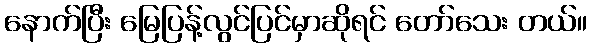
နောက်ပြီး မြေပြန့်လွင်ပြင်မှာဆိုရင် တော်သေး တယ်။